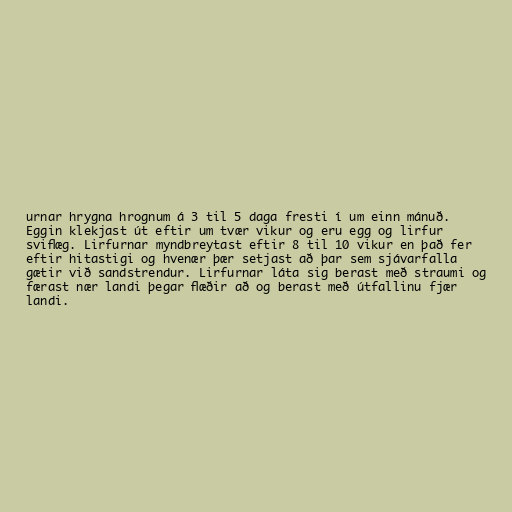
urnar hrygna hrognum á 3 til 5 daga fresti í um einn mánuð.
Eggin klekjast út eftir um tvær vikur og eru egg og lirfur
sviflæg. Lirfurnar myndbreytast eftir 8 til 10 vikur en það fer
eftir hitastigi og hvenær þær setjast að þar sem sjávarfalla
gætir við sandstrendur. Lirfurnar láta sig berast með straumi og
færast nær landi þegar flæðir að og berast með útfallinu fjær
landi.